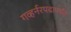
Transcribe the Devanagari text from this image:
गव्हर्नरपदापर्यंत